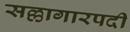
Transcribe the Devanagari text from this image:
सल्लागारपदी